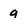
Character: q